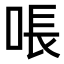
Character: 𫪛